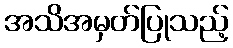
အသိအမှတ်ပြုသည့်